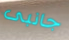
جانبى